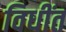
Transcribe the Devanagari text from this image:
विधींत